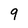
Character: 9